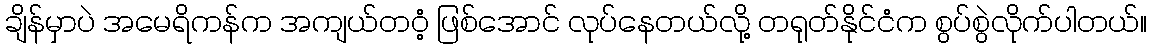
ချိန်မှာပဲ အမေရိကန်က အကျယ်တဝံ့ ဖြစ်အောင် လုပ်နေတယ်လို့ တရုတ်နိုင်ငံက စွပ်စွဲလိုက်ပါတယ်။